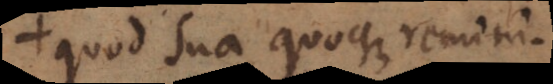
, quod sua quoque remini